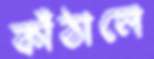
কাঁঠালে